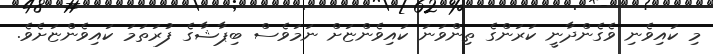
މި ކައިވެނި ވެގެންދާނީ ކަރަންގެ ތިންވަނަ ކައިވެންޏަށް ނަމަވެސް ބިޕާޝާގެ ފުރަތަމަ ކައިވެންޏަށެވެ.